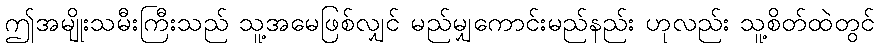
ဤအမျိုးသမီးကြီးသည် သူ့အမေဖြစ်လျှင် မည်မျှကောင်းမည်နည်း ဟုလည်း သူ့စိတ်ထဲတွင်